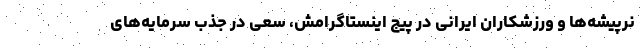
نرپیشه‌ها و ورزشکاران ایرانی در پیج اینستاگرامش، سعی در جذب سرمایه‌های